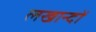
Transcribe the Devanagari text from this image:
लखान्दों